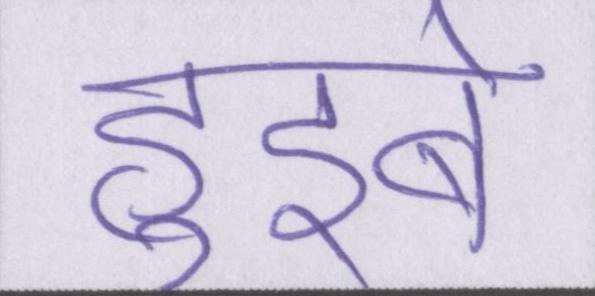
हुइबे